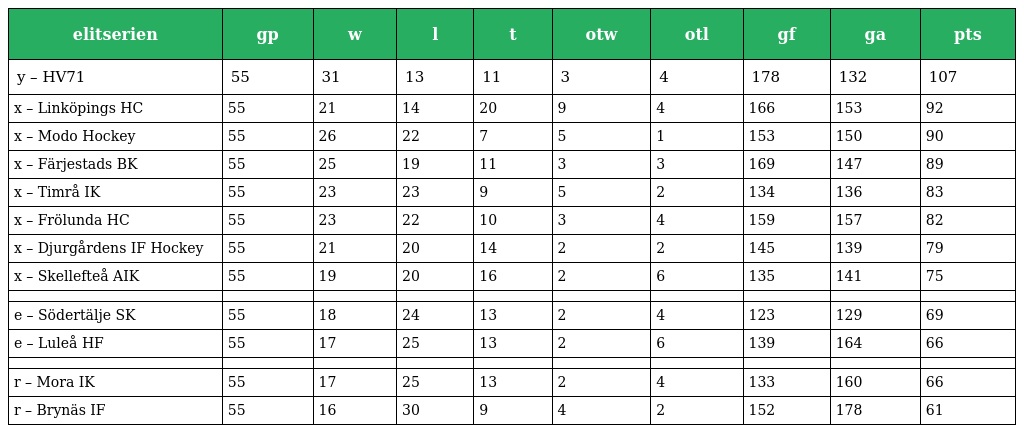
| elitserien | gp | w | l | t | otw | otl | gf | ga | pts |
 | --- | --- | --- | --- | --- | --- | --- | --- | --- | --- |
 | y – HV71 | 55 | 31 | 13 | 11 | 3 | 4 | 178 | 132 | 107 |
 | x – Linköpings HC | 55 | 21 | 14 | 20 | 9 | 4 | 166 | 153 | 92 |
 | x – Modo Hockey | 55 | 26 | 22 | 7 | 5 | 1 | 153 | 150 | 90 |
 | x – Färjestads BK | 55 | 25 | 19 | 11 | 3 | 3 | 169 | 147 | 89 |
 | x – Timrå IK | 55 | 23 | 23 | 9 | 5 | 2 | 134 | 136 | 83 |
 | x – Frölunda HC | 55 | 23 | 22 | 10 | 3 | 4 | 159 | 157 | 82 |
 | x – Djurgårdens IF Hockey | 55 | 21 | 20 | 14 | 2 | 2 | 145 | 139 | 79 |
 | x – Skellefteå AIK | 55 | 19 | 20 | 16 | 2 | 6 | 135 | 141 | 75 |
 |  |  |  |  |  |  |  |  |  |  |
 | e – Södertälje SK | 55 | 18 | 24 | 13 | 2 | 4 | 123 | 129 | 69 |
 | e – Luleå HF | 55 | 17 | 25 | 13 | 2 | 6 | 139 | 164 | 66 |
 |  |  |  |  |  |  |  |  |  |  |
 | r – Mora IK | 55 | 17 | 25 | 13 | 2 | 4 | 133 | 160 | 66 |
 | r – Brynäs IF | 55 | 16 | 30 | 9 | 4 | 2 | 152 | 178 | 61 |